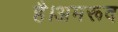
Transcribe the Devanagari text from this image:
है।अमरूद